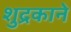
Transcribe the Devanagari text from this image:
शुद्रकाने